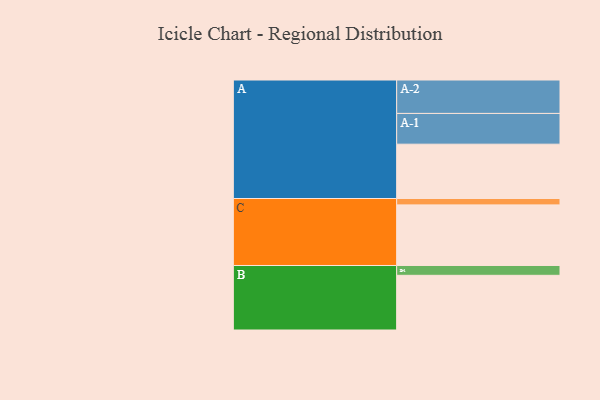
{"axis": {"x": "Segment", "y": "Value"}, "legend": ["", "A", "B", "C"], "data": [{"x": "A", "y": 486, "type": ""}, {"x": "B", "y": 489, "type": ""}, {"x": "C", "y": 542, "type": ""}, {"x": "A-1", "y": 275, "type": "A"}, {"x": "A-2", "y": 299, "type": "A"}, {"x": "B-1", "y": 88, "type": "B"}, {"x": "C-1", "y": 57, "type": "C"}]}